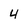
Character: 4